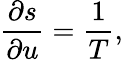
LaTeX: \frac{\partial s}{\partial u}=\frac{1}{T},